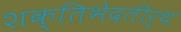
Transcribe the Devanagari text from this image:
शक्तिभेदतीर्थ